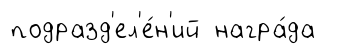
подразд'ел'е́н'ий награ́да